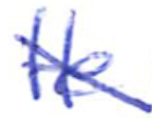
Text: He
Cross-out: diagonal
Writing tool: ballpoint